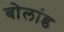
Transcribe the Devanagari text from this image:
बोलांड